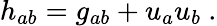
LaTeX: h_{ab}=g_{ab}+u_{a}u_{b}~.